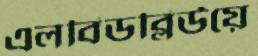
এলবিডব্লিউয়ে